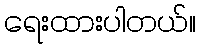
ရေးထားပါတယ်။